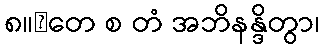
၈။	တေ စ တံ အဘိနန္ဒိတွာ၊